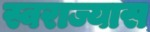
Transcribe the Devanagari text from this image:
स्वराज्यास